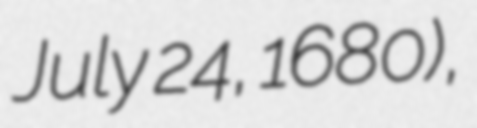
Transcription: July 24, 1680),